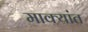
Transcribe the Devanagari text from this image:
माक्यांत